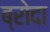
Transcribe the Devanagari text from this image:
ब्रोदा